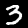
Label: 3